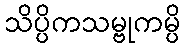
သိပ္ပိကသမ္ဗုကမ္ပိ